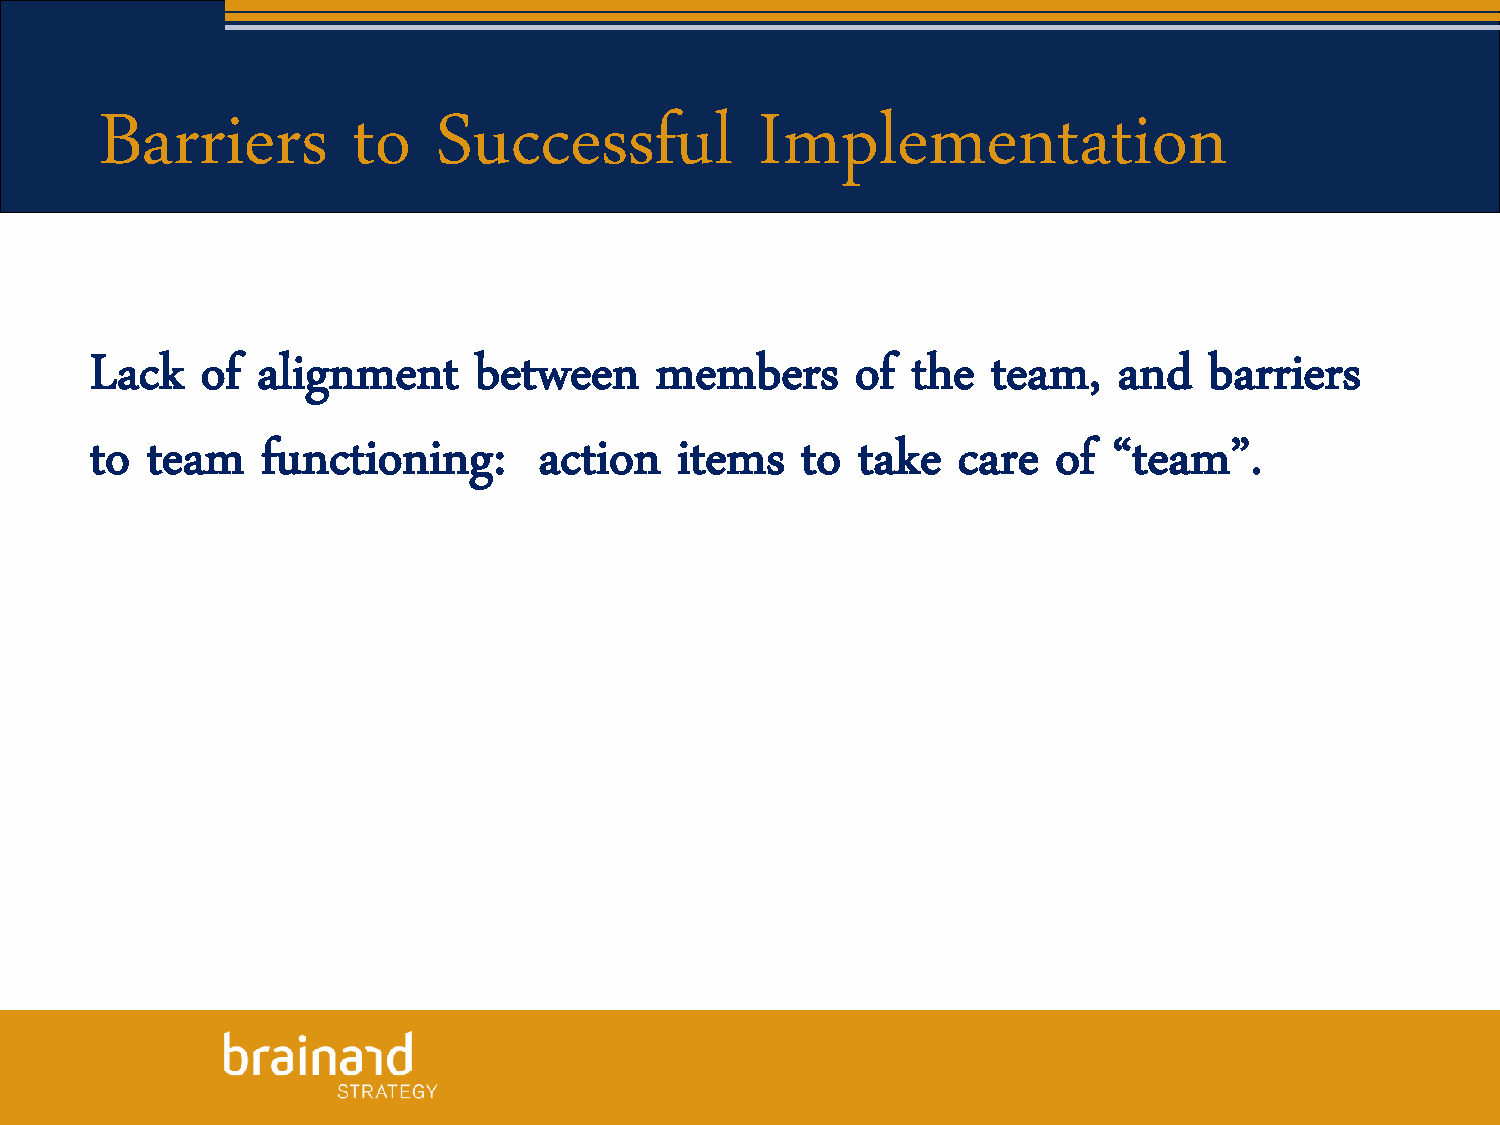
Barriers        to    Successful           Implementation
 Lack   of  alignment     between     members       of the   team,   and   barriers
 to  team   functioning:       action   items   to  take  care   of  “team”.